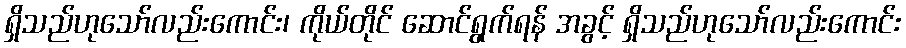
ရှိသည်ဟုသော်လည်းကောင်း၊ ကိုယ်တိုင် ဆောင်ရွက်ရန် အခွင့် ရှိသည်ဟုသော်လည်းကောင်း